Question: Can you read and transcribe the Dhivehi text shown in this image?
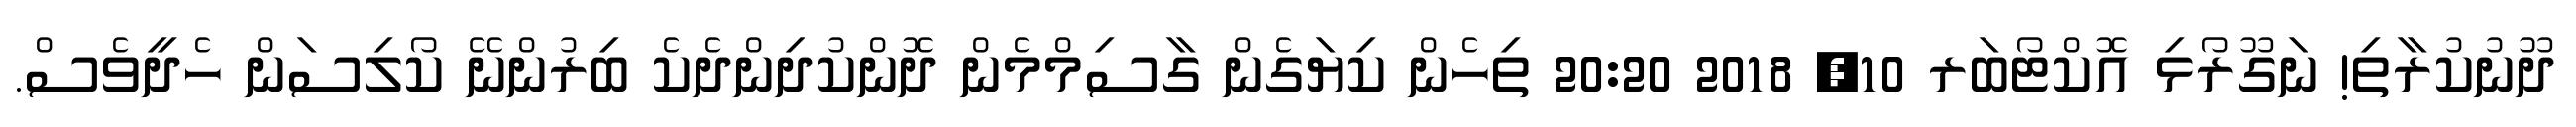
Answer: ދޫނުކުރާތި! ނަގޫރޯޅި އޮކްޓޯބަރ 10, 2018 20:20 ތިހެން ކިޔަގެން ގާސިމްމެން ދޮންކުދިންދެކެ ބިރުންނޭ ކޯލިސަން ހެދީވެސް.